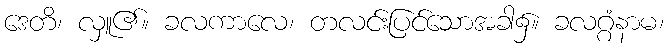
ဒေတိ၊ လှူ၏။ ခလကာလေ၊ တလင်းပြင်သောအခါ၌။ ခလဂ္ဂံနာမ၊